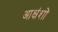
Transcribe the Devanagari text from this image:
आक्षंशों